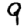
Digit: 9